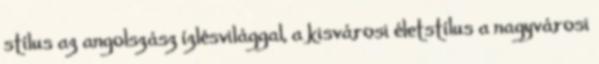
stílus az angolszász ízlésvilággal, a kisvárosi életstílus a nagyvárosi